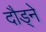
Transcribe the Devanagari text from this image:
दौड्ने